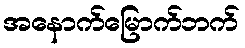
အနောက်မြောက်ဘက်